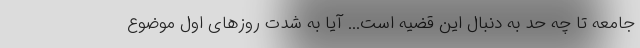
جامعه تا چه حد به دنبال این قضیه است... آیا به شدت روز‌های اول موضوع